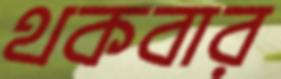
থকবার